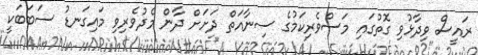
ރައީސް ވިދާޅުވި ގޮތުގައި މަސްވެރިކަމުގެ ސިނާއަތް ދަށަށް ދާން މެދުވެރިވި މައިގަނޑު ސަބަބަކީ